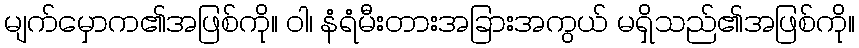
မျက်မှောက၏အဖြစ်ကို။ ဝါ၊ နံရံမီးတားအခြားအကွယ် မရှိသည်၏အဖြစ်ကို။